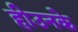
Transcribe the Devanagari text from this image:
हीउनके